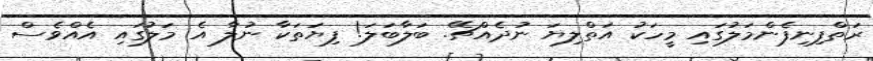
ރަތްފިނިފެންމަލުގައި މީހަކު އަތްލިޔަ ނުދެއްޗޭ. ބަލާބަލަ! ފިޔަތަކާ ނުލާ އެ މަލުގައި އެއްވެސް